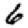
Digit: 6